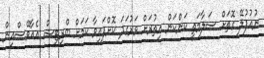
ނުއުފުލޭ ގޮތަށް ސަލާމަތީ ކަންކަން އިތުރަށް ވަރުގަދަ ކޮށްފައިވާ ކަމަށް ބްރިޓިޝް އެއާވޭސްއިން